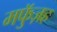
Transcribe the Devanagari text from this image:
मफुॅज़ह